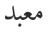
معبد